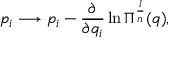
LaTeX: p _ { i } \longrightarrow p _ { i } - \frac { \partial } { \partial q _ { i } } \ln \Pi ^ { \frac { l } { n } } ( q ) ,